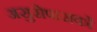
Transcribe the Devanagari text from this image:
असुरोपासकों